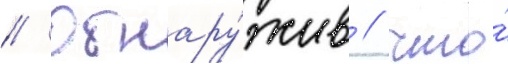
// Обнару́жив / что́